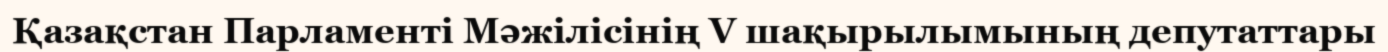
Қазақстан Парламенті Мәжiлiсінің V шақырылымының депутаттары